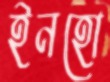
ইনহো